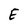
Character: E